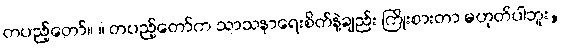
တပည့်တော်။ ။ တပည့်တော်က သာသနာရေးစိတ်နဲ့ချည်း ကြိုးစားတာ မဟုတ်ပါဘူး,